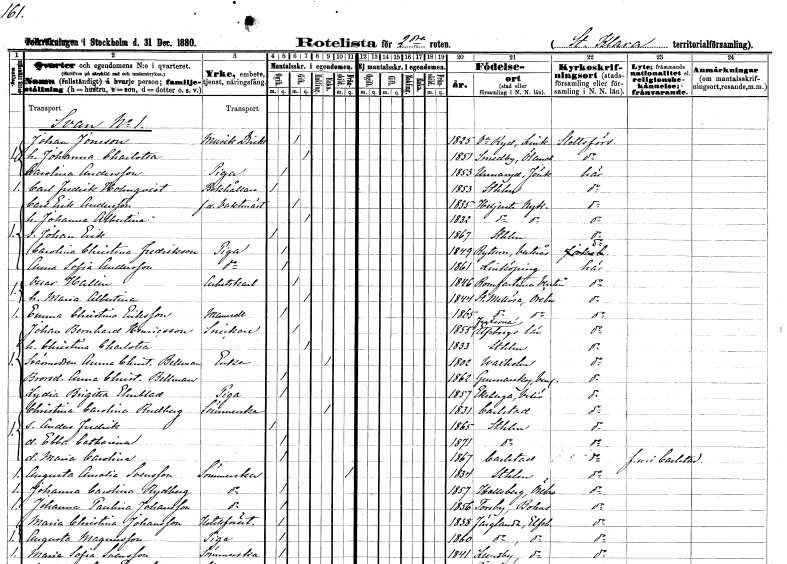
gt_parse: households: individuals: FN: Johan
EN: Jonsson
YRKE: Musikdirektör
KON: M
CIV: G
FODAR: 1825
FODFORS: Västra Ryd Östergötlands län
FN: Johanna Charlotta
KON: K
CIV: G
FODAR: 1851
FODFORS: Smedby Kalmar län
FN: Carolina
EN: Andersson
YRKE: Piga
KON: K
CIV: O
FODAR: 1853
FODFORS: Södra Unnaryd Hallands län
FN: Carl Fredrik
EN: Holmqvist
YRKE: Bokhållare
KON: M
CIV: O
FODAR: 1853
FODFORS: Stockholm
FN: Carl Erik
EN: Andersson
YRKE: Vaktmästare f.d.
KON: M
CIV: G
FODAR: 1835
FODFORS: Helgesta Södermanlands län
FN: Johanna Albertina
KON: K
CIV: G
FODAR: 1832
FODFORS: Helgesta Södermanlands län
FN: Johan Erik
KON: M
CIV: O
FODAR: 1867
FODFORS: Stockholm
FN: Carolina Christina
EN: Fredrikson
YRKE: Piga
KON: K
CIV: O
FODAR: 1849
FODFORS: Rytterne Västmanlands län
FN: Anna Sofia
EN: Andersson
YRKE: Piga
KON: K
CIV: O
FODAR: 1861
FODFORS: Linköping Östergötlands län
FN: Oscar
EN: Hallin
YRKE: Arbetskarl
KON: M
CIV: G
FODAR: 1846
FODFORS: Romfartuna Västmanlands län
FN: Maria Albertina
KON: K
CIV: G
FODAR: 1844
FODFORS: Stora Mellösa Örebro län
FN: Emma Christina
EN: Eriksson
KON: K
CIV: O
FODAR: 1865
FODFORS: Stora Mellösa Örebro län
FN: Johan Bernhard
EN: Henricsson
YRKE: Snickare
KON: M
CIV: G
FODAR: 1855
FODFORS: Fuxerna Älvsborgs län
FN: Christina Charlotta
KON: K
CIV: G
FODAR: 1833
FODFORS: Stockholm
FN: Anna Christina
EN: Bellman
YRKE: Änka
KON: K
CIV: E
FODAR: 1802
FODFORS: Vaxholm Stockholms län
FN: Anna Christina
EN: Bellman
KON: K
CIV: O
FODAR: 1862
FODFORS: Gunnarskog Värmlands län
FN: Lydia Brigitta
EN: Elmblad
YRKE: Piga
KON: K
CIV: O
FODAR: 1857
FODFORS: Ekeberga Kronobergs län
FN: Christina Carolina
EN: Rudberg
YRKE: Sömmerska
KON: K
CIV: E
FODAR: 1831
FODFORS: Karlstad Värmlands län
FN: Anders Fredrik
KON: M
CIV: O
FODAR: 1865
FODFORS: Stockholm
FN: Ebba Catharina
KON: K
CIV: O
FODAR: 1871
FODFORS: Stockholm
FN: Maria Carolina
KON: K
CIV: O
FODAR: 1867
FODFORS: Karlstad Värmlands län
FN: Augusta Amalia
EN: Svensson
YRKE: Sömmerska
KON: K
CIV: X
FODAR: 1834
FODFORS: Stockholm
FN: Johanna Carolina
EN: Rydberg
YRKE: Sömmerska
KON: K
CIV: O
FODAR: 1857
FODFORS: Hallsberg Örebro län
FN: Johanna Paulina
EN: Johansson
YRKE: Sömmerska
KON: K
CIV: O
FODAR: 1856
FODFORS: Torsby Göteborgs- och Bohuslän